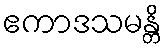
ဧကာဒသမန္တိ